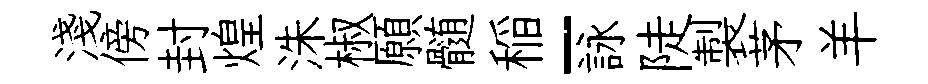
淺傍封煌洙椒願髄稲-詠陡製茅羊